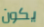
يكون